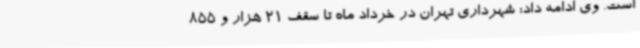
است. وی ادامه داد: شهرداری تهران در خرداد ماه تا سقف 21 هزار و 855